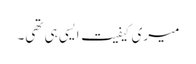
میری کیفیت ایسی ہی تھی۔